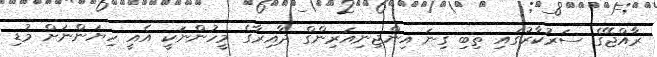
ރާއްޖޭގެ ސަރުކާރުގައި ތިބި ގިނަ އިންޖިނިއަރިންގް ދާއިރާގެ މީހުންނަކީ އެއީ ހިޔަންނަށް މުޑި